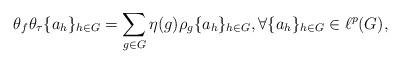
LaTeX: \begin{align*}\theta_f\theta_\tau\{a_h\}_{h\in G}=\sum_{g\in G}\eta(g)\rho_g \{a_h\}_{h\in G}, \forall \{a_h\}_{h\in G} \in \ell^p(G),\end{align*}